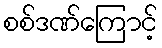
စစ်ဒဏ်ကြောင့်